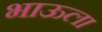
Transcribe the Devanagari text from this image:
भाऊला